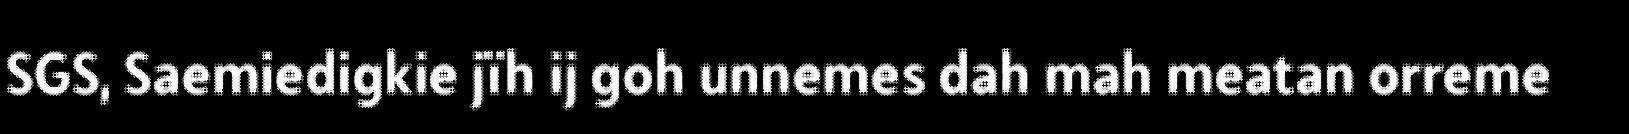
SGS, Saemiedigkie jïh ij goh unnemes dah mah meatan orreme